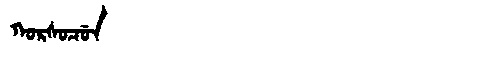
Manchu: ᡴᠣᡵᠰᠣᠴᡠᠨ
Romanization: KORSOCUN